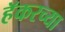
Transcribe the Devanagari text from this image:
हॅकरच्या